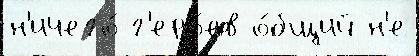
н'ичего́ г'еро́ев о́бщий н'е